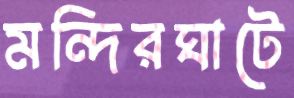
মন্দিরঘাটে